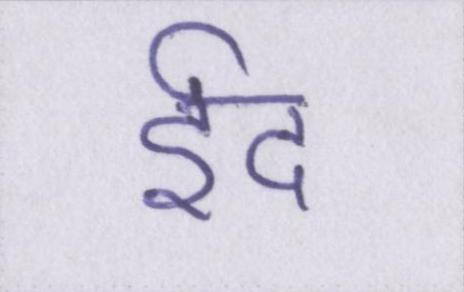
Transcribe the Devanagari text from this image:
ईद